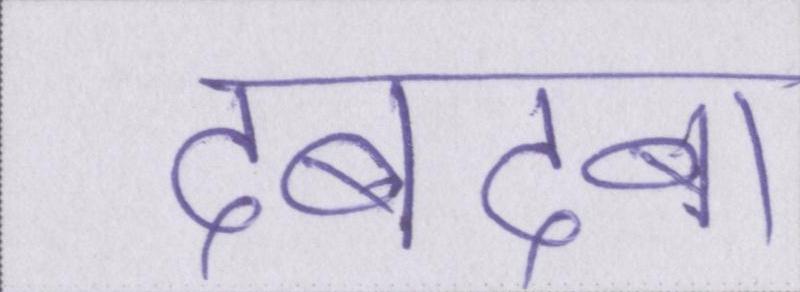
दबदबा